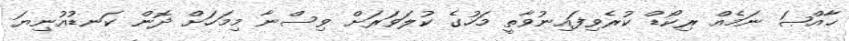
ޚާއްޞަ ނަމެއް ރިކޯޑް ކުރެވިފައިނުވާތީ މަހުގެ ކުލަަވަރަށް ވިސްނާ މިމަހަށް ދޮން ކަނޑުއުނިޔަ